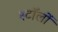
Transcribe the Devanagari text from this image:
स्टॉलों